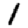
Digit: 1